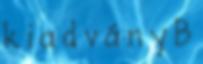
k i a d v á n y B